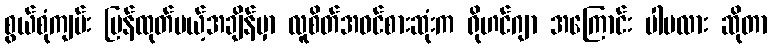
စွယ်စုံကျမ်း ပြန်ထုတ်မယ့်အချိန်မှာ လူစိတ်အဝင်စားဆုံးက ရိုဟင်ဂျာ အကြောင်း ပါမလား ဆိုတာ